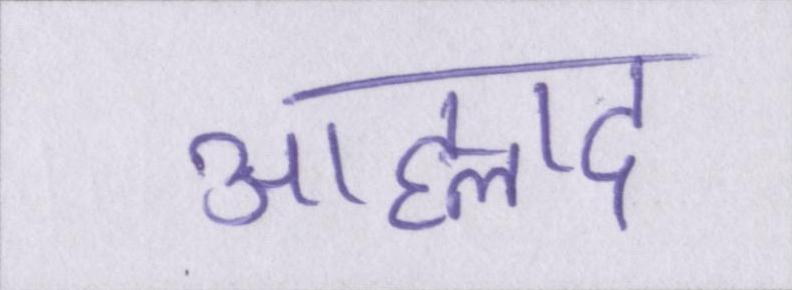
आह्लाद